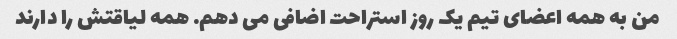
من به همه اعضای تیم یک روز استراحت اضافی می دهم. همه لیاقتش را دارند